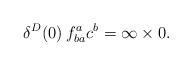
LaTeX: \begin{align*}\delta^D(0)\: f^a_{ba} c^b = \infty \times 0.\end{align*}